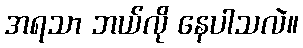
အရသာ ဘယ်လို နေပါသလဲ။